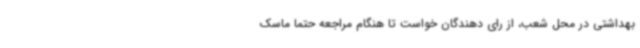
بهداشتی در محل شعب، از رای دهندگان خواست تا هنگام مراجعه حتما ماسک